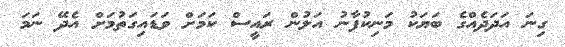
ގިނަ އަދަދެއްގެ ބަޔަކު މަނިކުފާނު އަލުން ރައީސް ކަމަށް ވަޑައިގަތުމަށް އެދޭ ނަމަ